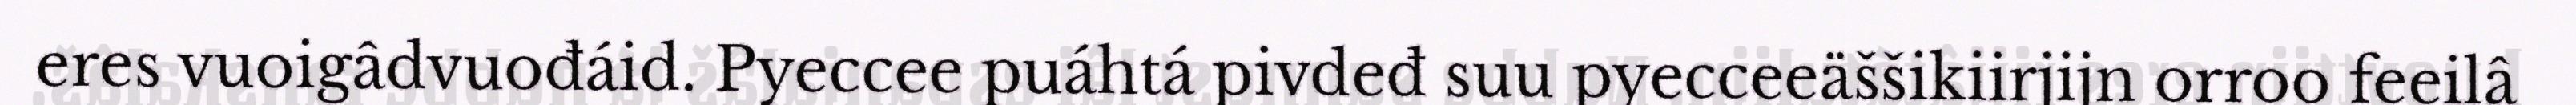
eres vuoigâdvuođáid. Pyeccee puáhtá pivdeđ suu pyecceeäššikiirjijn orroo feeilâ